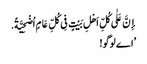
إِنَّ عَلٰی کُلِّ اَهْلِ بَیْتٍ فِی کُلِّ عَامٍ اُضْحِیَّةً.
’اے لوگو!